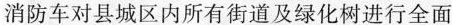
消防车对县城区内所有街道及绿化树进行全面